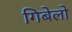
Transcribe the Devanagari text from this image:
गिबेलो